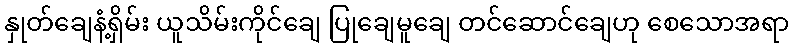
နှုတ်ချေနံ့ရှိမ်း ယူသိမ်းကိုင်ချေ ပြုချေမူချေ တင်ဆောင်ချေဟု စေသောအရာ